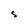
Character: S